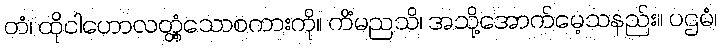
တံ၊ ထိုငါဟောလတ္တံ့သောစကားကို။ ကိံမညသိ၊ အသို့အောက်မေ့သနည်း။ ပဌမံ၊